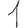
Digit: 1